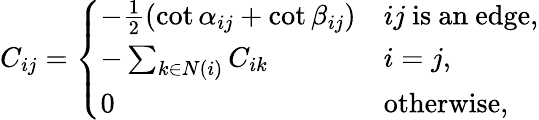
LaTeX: C_{ij}={\left\{ \begin{array}{ll}{-{\frac{1}{2}}(\cot\alpha_{ij}+\cot\beta_{ij})}&{ij{\mathrm{~is~an~edge}},}\\ {-\sum_{k\in N(i)}C_{ik}}&{i=j,}\\ {0}&{{\mathrm{otherwise,}}}\end{array}\right.}